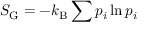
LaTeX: S _ { \mathrm { G } } = - k _ { \mathrm { B } } \sum p _ { i } \ln p _ { i }